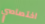
اختصاصي